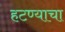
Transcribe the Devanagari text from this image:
हटण्याचा